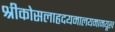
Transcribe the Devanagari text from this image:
श्रीकोसलाहृदयमालयमामयूख